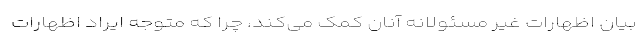
بیان اظهارات غیر مسئولانه آنان کمک می‌کند، چرا که متوجه ایراد اظهارات